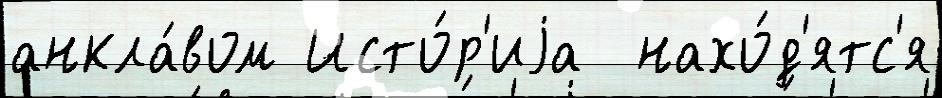
анкла́вом Исто́р'иjа  нахо́д'ятс'я